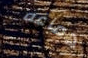
دماغه